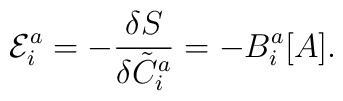
{\cal E}_{i}^{a}=-\frac{\delta S}{\delta {\tilde C}_{i}^{a}}=-B_{i}^{a}[A].